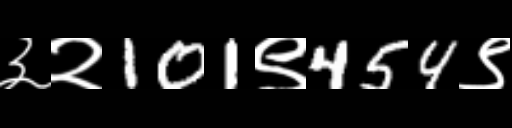
Text: ३२101९454९